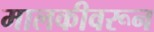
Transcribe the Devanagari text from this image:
मालकीवरून